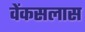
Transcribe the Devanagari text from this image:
वेंकसलास